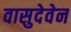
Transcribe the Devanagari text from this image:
वासुदेवेन